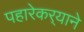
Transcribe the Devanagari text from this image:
पहारेकर्‍याने